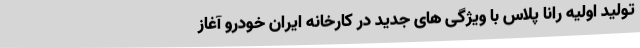
تولید اولیه رانا پلاس با ویژگی های جدید در کارخانه ایران خودرو آغاز